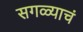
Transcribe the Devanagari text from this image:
सगळ्याचं